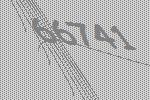
66741